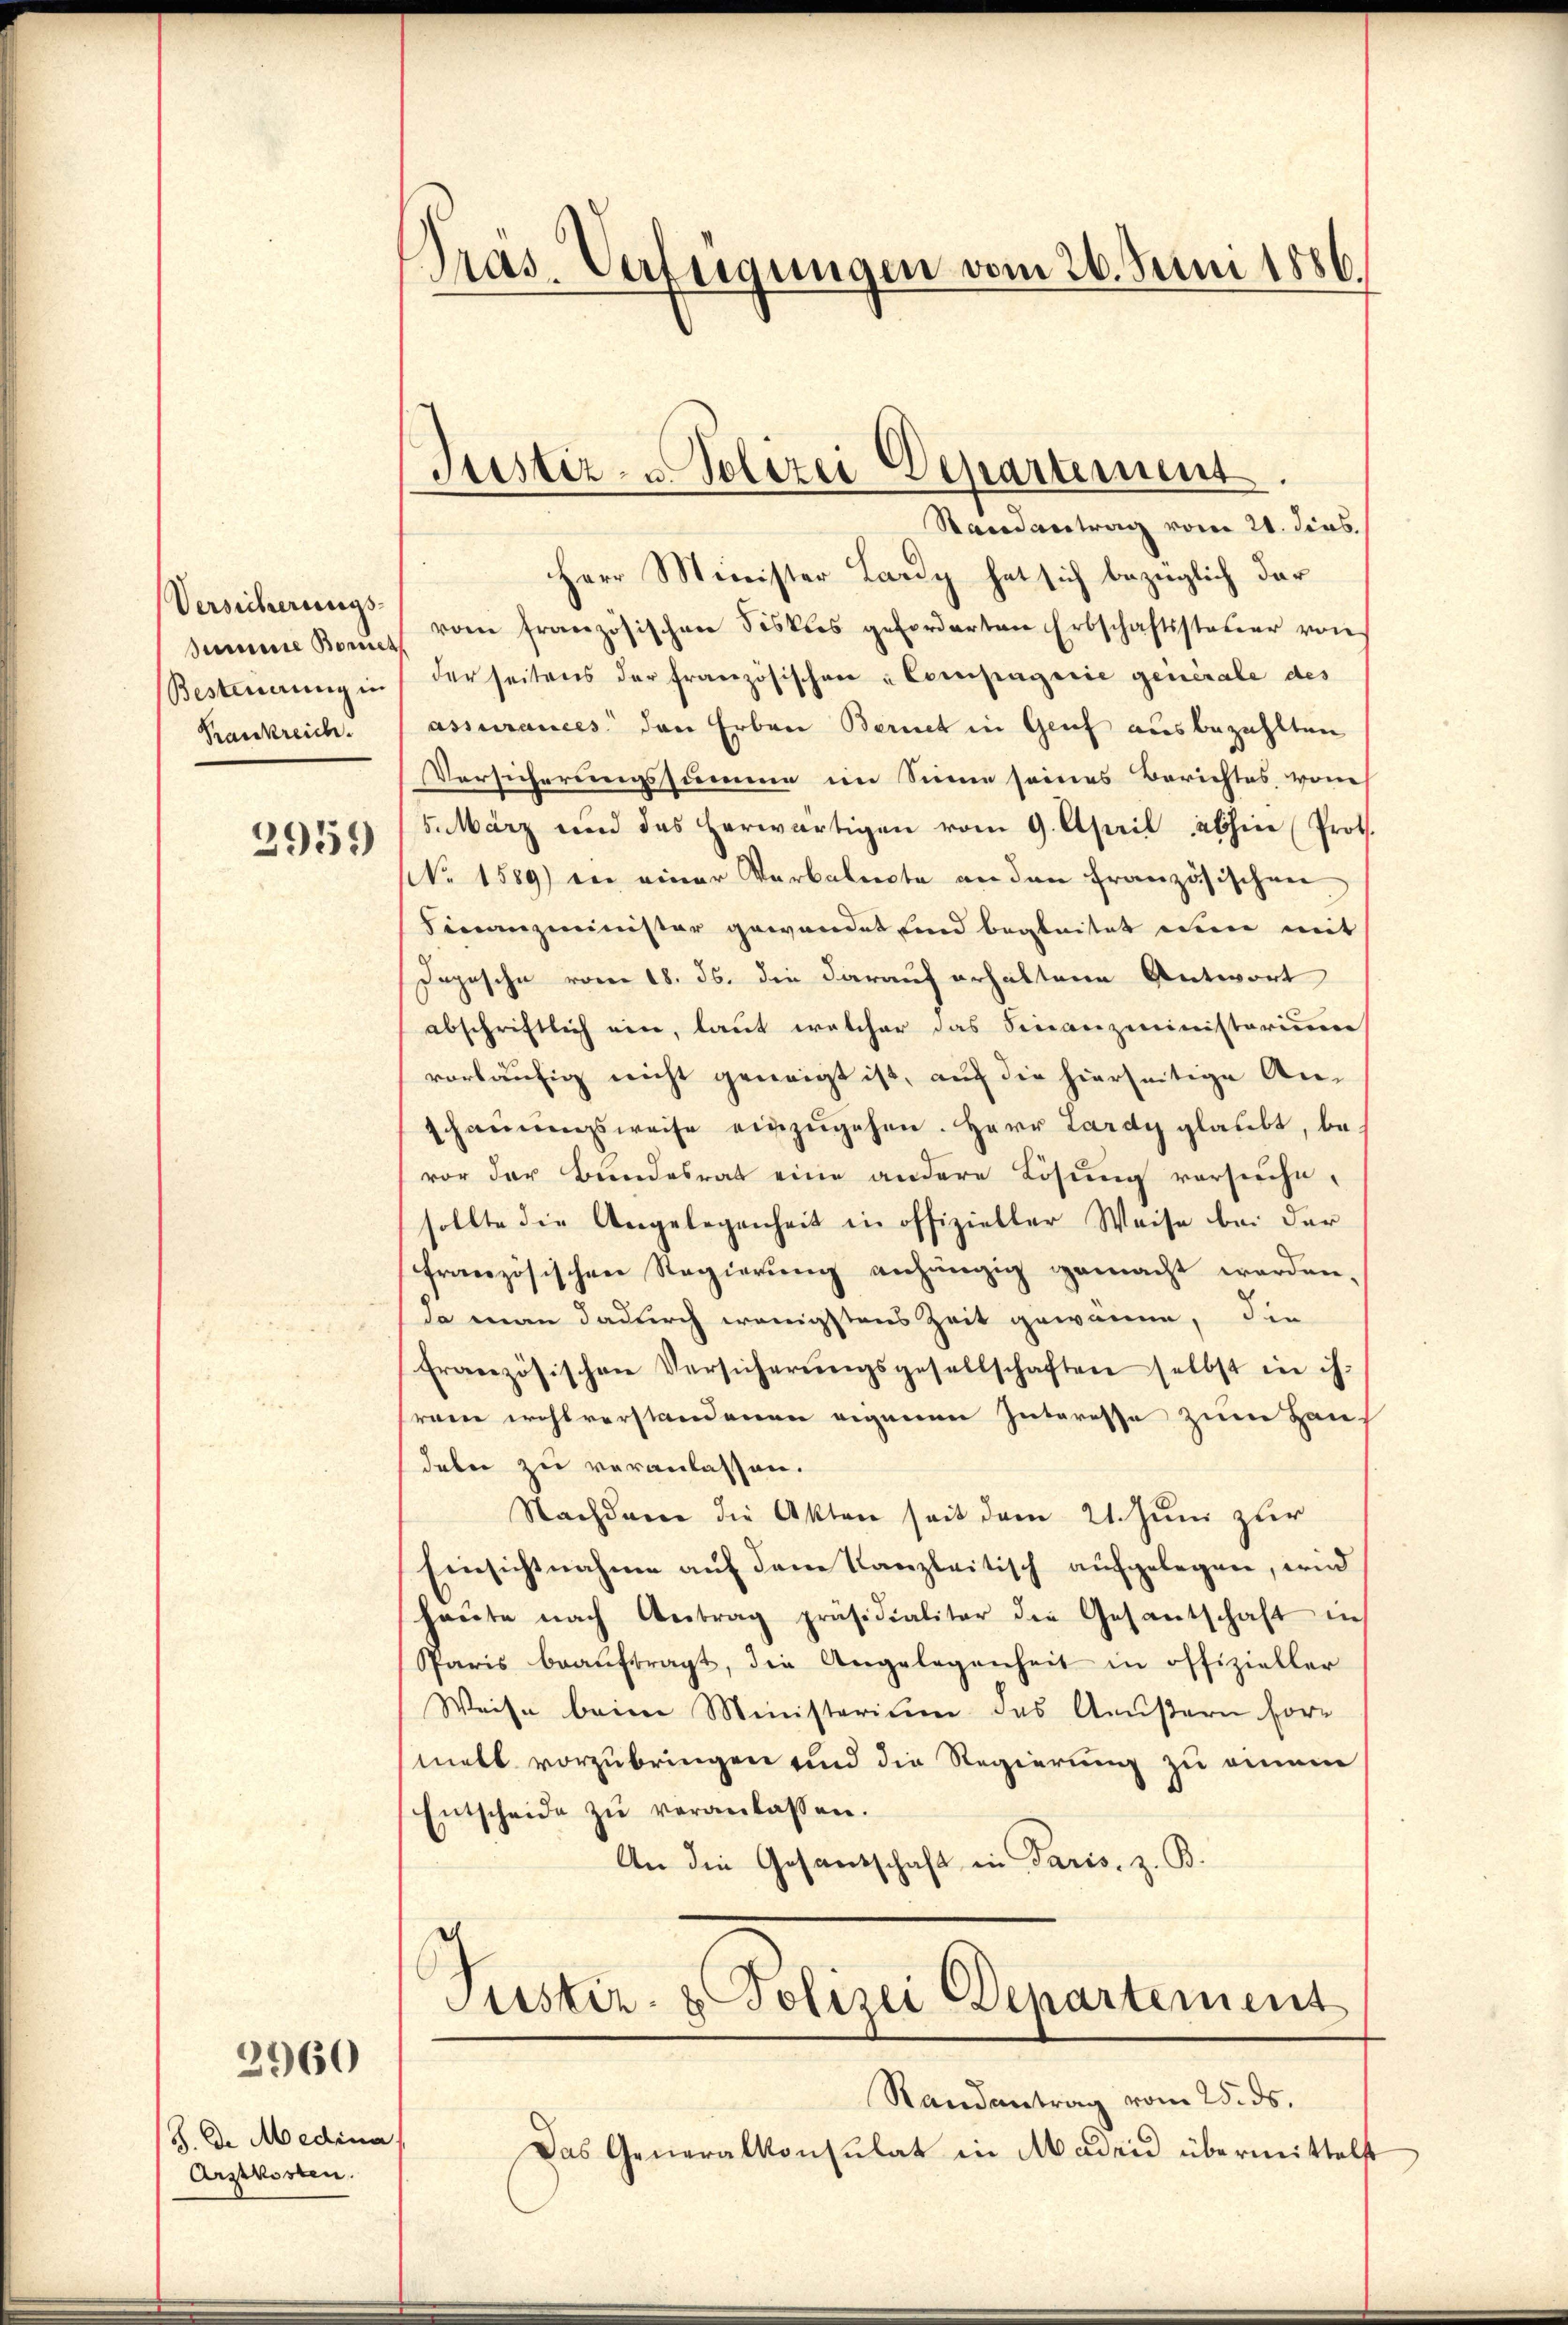
Versicherungs-
Krankreich.

2959)

2960

S. D. Medina
Arztkosten.

Gras, Verfügungen vom 26. Juni 1886.

Randantrag vom 21. dens.
Herr Minister Lardy hat sich bezüglich der
sine Komp. vom französischen Fiskus geforderten Erbschaftssteŭer von
Besteuerung in derseitens der französischen Compagnie generale des
assurances den Erben Bernet in Genf ausbezahlten
Versicherungssumme im Sinne seines Berichtes, vom
5. März und das herwärtigen vom 9. April abhin (Prot.
No. 1589) in einer Verbalente an den französischen
Finanzminister gewandet und begleitet ein mit
Jogesche vom 18. ds. die darauf erhaltene Antwort
abschriftlich ein, laut welcher das Finanzministerium
vorläufig nicht geneigt ist, auf die hierseitige An-
schauungsweise einzugehen. Herr Lardy glaubt, bevor der Bundesrat eine andere Lösung versuche,
sollte die Angelegenheit in offizieller Weise bei der
französischen Regierung anhängig gemacht werden,
da man dadurch wenigstens Zeit gewonne, die
französischen Versicherŭngsgesellschaften selbst in ih-
rare wohlverstandenen eigenen Interesse zum Haus
dabei zu veranlassen.
Nachdem die Akten seit dem 21. Juni zur
Einsichtnahme auf dem Kanzleitisch aufgelegen, wird
haŭte nach Antrag präsidialiter die Gesantschaft in
Pparis beaŭftragt, die Angelegenheit in offizieller
Weise beim Ministerium das Aeußern formelt vorzubringen und die Regierung zu einem
Entscheide zŭ veranlassen.
An die Gesandschaft in Paris, z. B.

Justiz- & Polizei Departement.

Tustiz- & Polizei Departement
Randantrag vom 25. ds.

Das Generalkonsulat in Abaden übermittelst